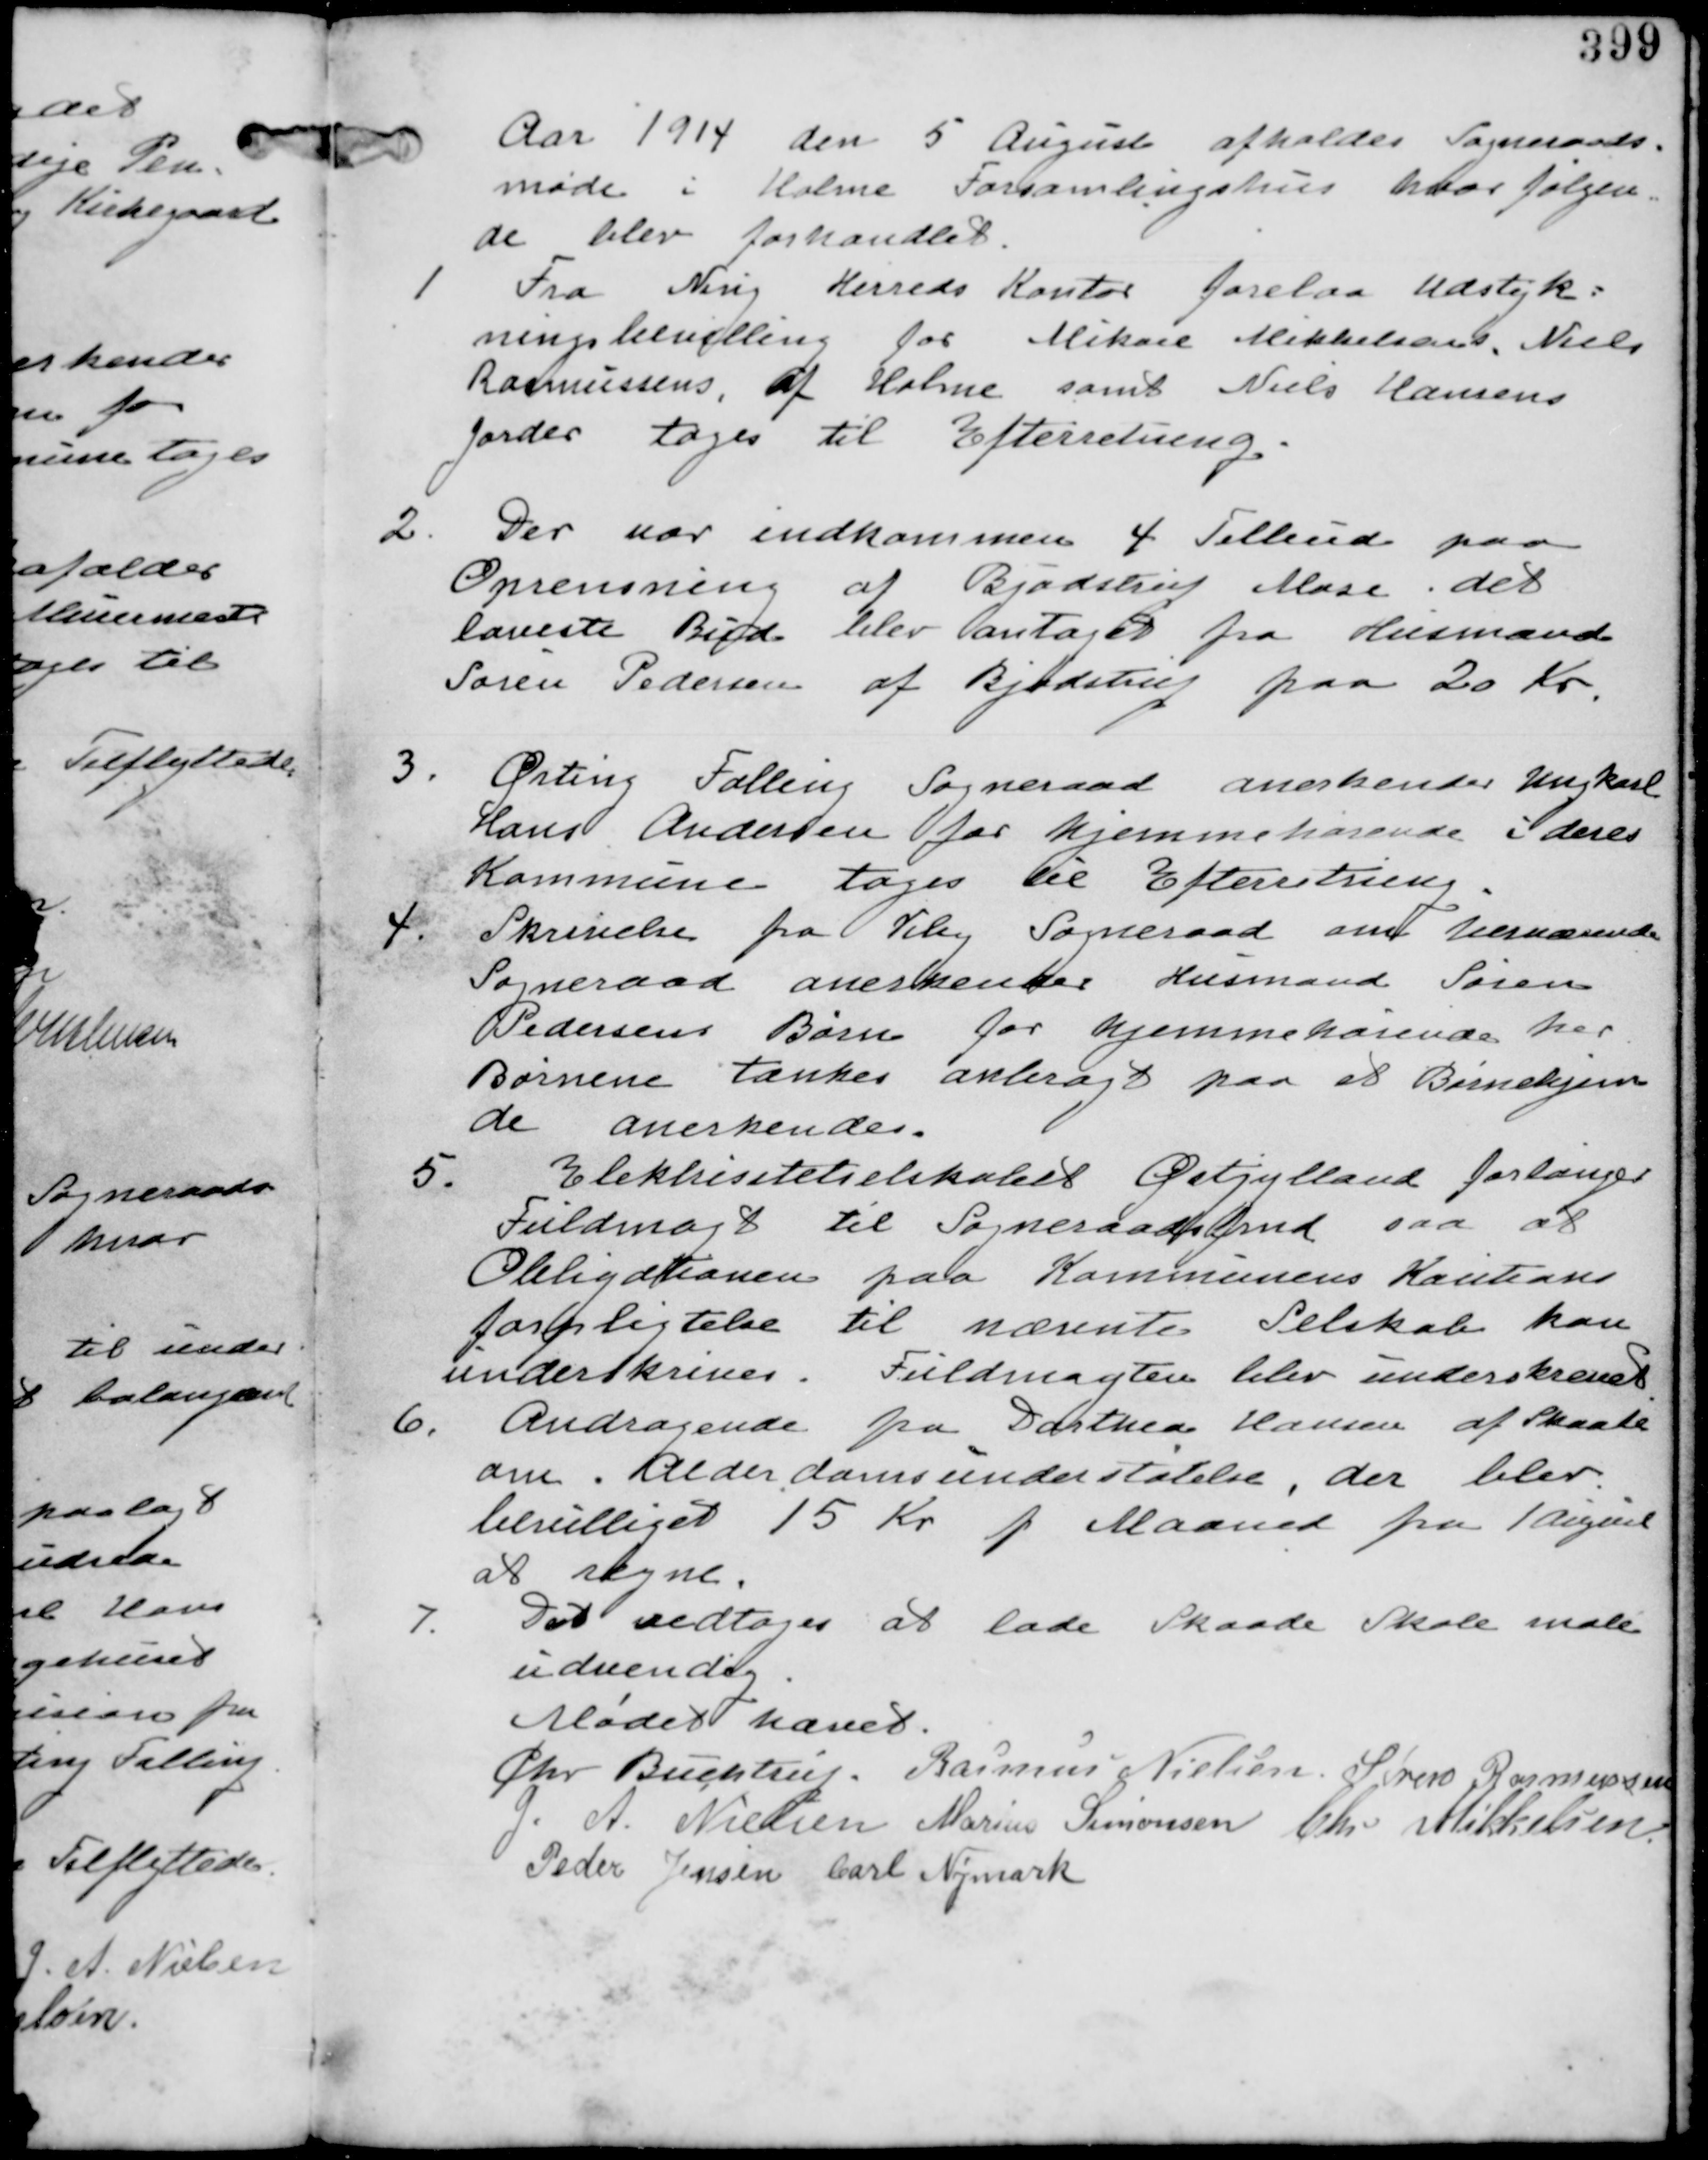
Transskription:
Aar 1914 den 5 August afholdes Sogneraads
møde i Holme Forsamlingshus hvor følgen
de blev forhandlet.

1
Fra Ning Herreds Kontor forelaa Udstyk-
ningsbevilling for Mikael Mikkelsen. Niels
Rasmussens af Holme samt Niels Hansens
Jorder tages til Efterretning.

2. Der var indkommen 4 Tilbud paa
Oprensning af Bjødstrup Mose det
laveste Tilbud blev antaget fra Husmand
Søren Pedersen af Bjødstrup paa 20 Kr.

3. Ørting Falling Sogneraad anerkender Ungkarl
Hans Andersen for hjemhørende i deres
Kommune tages til Efterretning.

4. Skrivelse fra Viby Sogneraad om herværende
Sogneraad anerkender Husmand Søren
Pedersens Børn for hjemmehørende her
Børnene tænkes anbragt paa et Børnehjem
de anerkendes.

5.
Elektricitetsselskabet Østjylland forlanger
Fuldmagt til Sogneraadsfmd saa at
Obligationen paa Kommunens Kaution
forpligtigelse til nævnte Selskab kan
underskrives. Fuldmagten blev underskrevet

6. Andragende paa Dorthea Hansen af Skaade
om Alderdomsunderstøttelse, der blev
bevilliget 15 Kr p Maaned fra 1 August
at regne.

7.
Det vedtages at lade Skaade Skole male
indvendig.

Mødet hævet
Chr Buchtrup. Rasmus Nielsen Søren Rasmussen
G. A. Nielsen Marius Simonsen Chr Mikkelsen
Peder Jensen Carl Nymark